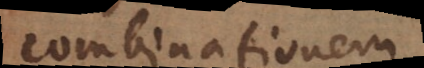
combinationem